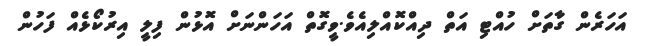
އަހަރެން ގާތަށް ހުއްޓި އަތް ދިއްކޮއްލިއެވެ.ވީގޮތް އަހަންނަށް އޮޅުން ފިލީ އިރުކޯޅެއް ފަހުން